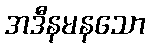
အဒီနမနသော